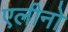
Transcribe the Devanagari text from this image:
एलीनो